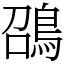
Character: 䳂